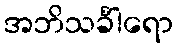
အဘိသင်္ခါရော